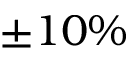
\pm 1 0 \%